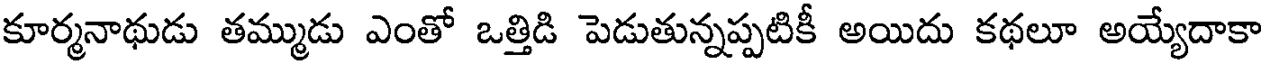
కూర్మనాథుడు తమ్ముడు ఎంతో ఒత్తిడి పెడుతున్నప్పటికీ అయిదు కథలూ అయ్యేదాకా